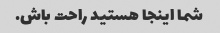
شما اینجا هستید راحت باش.